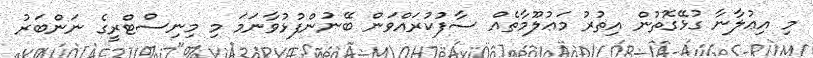
މި އިޢުލާނާ ގުޅޭގޮތުން އިތުރު މަޢުލޫމާތެއް ސާފުކުރައްވަން ބޭނުންފުޅުވާނަމަ މި މިނިސްޓްރީގެ ނަންބަރު